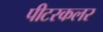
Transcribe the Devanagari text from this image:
पीटरकलर